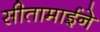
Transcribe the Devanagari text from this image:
सीतामाईने